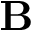
\textbf { B }